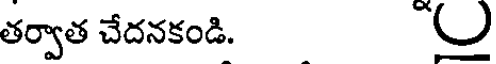
తర్వాత చేదనకండి.